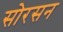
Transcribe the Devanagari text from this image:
सोरसन